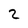
Character: 2